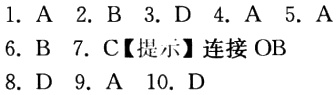
1. A 2. B 3. D 4. A 5. A

6. B 7. C【提示】连接 OB

8. D 9. A 10. D